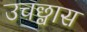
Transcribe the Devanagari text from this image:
उचछ्वास